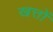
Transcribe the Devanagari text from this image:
खत्तों